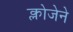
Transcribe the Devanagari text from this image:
क्लोजेने